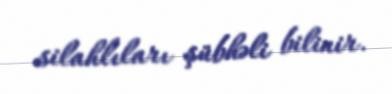
silahlıları şübhəli bilinir.